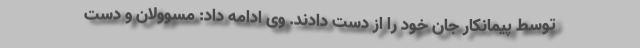
توسط پیمانکار جان خود را از دست دادند. وی ادامه داد: مسوولان و دست